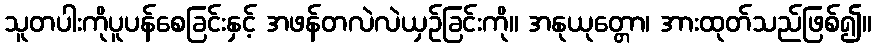
သူတပါးကိုပူပန်စေခြင်းနှင့် အဖန်တလဲလဲယှဉ်ခြင်းကို။ အနုယုတ္တော၊ အားထုတ်သည်ဖြစ်၍။